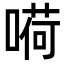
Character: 嗬